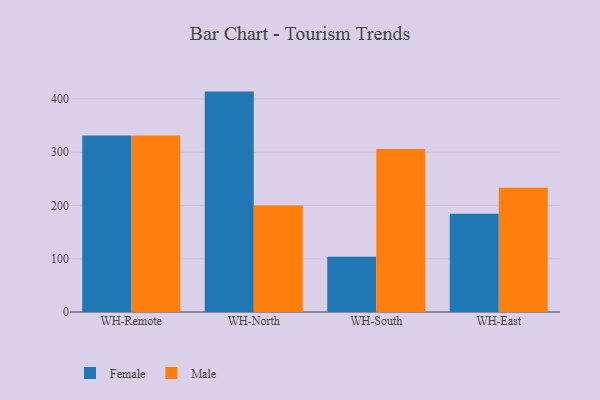
{"axis": {"x": "Warehouse", "y": "Churn Rate (%)"}, "legend": ["Female", "Male"], "data": [{"x": "WH-Remote", "y": 331.6, "type": "Female"}, {"x": "WH-Remote", "y": 331.4, "type": "Male"}, {"x": "WH-North", "y": 413.8, "type": "Female"}, {"x": "WH-North", "y": 199.8, "type": "Male"}, {"x": "WH-South", "y": 103.9, "type": "Female"}, {"x": "WH-South", "y": 305.8, "type": "Male"}, {"x": "WH-East", "y": 184.3, "type": "Female"}, {"x": "WH-East", "y": 233.5, "type": "Male"}]}